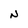
Character: N